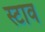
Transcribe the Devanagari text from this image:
स्टाव